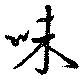
味